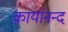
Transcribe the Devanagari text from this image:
कार्यानन्द